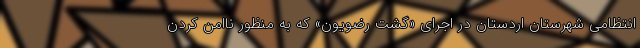
انتظامی شهرستان اردستان در اجرای «گشت رضویون» که به منظور ناامن کردن